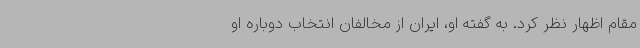
مقام اظهار نظر کرد. به گفته او، ایران از مخالفان انتخاب دوباره او